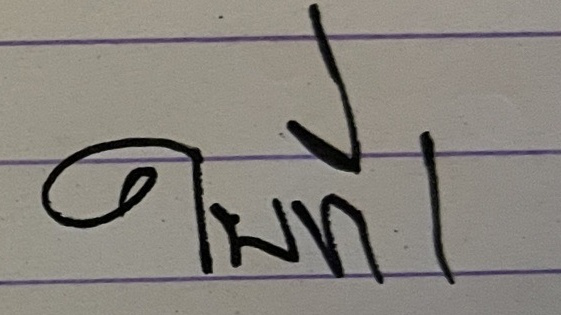
ใบที่ 1